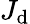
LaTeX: J_{\mathrm{d}}